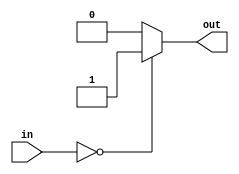
`timescale 1ns / 1ps

module ZFlag(
    input [15:0] in,
    output reg out);
    
    always @(*) begin
        case(in)
            16'b0000000000000000:  out <= 1;
            default:               out <= 0;
        endcase
    end
endmodule